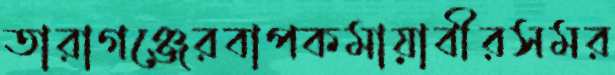
তারাগঞ্জেরবাপকমায়াবীরসমর